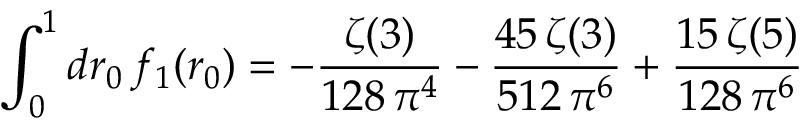
\int _ { 0 } ^ { 1 } d r _ { 0 } \, f _ { 1 } ( r _ { 0 } ) = - \frac { \zeta ( 3 ) } { 1 2 8 \, \pi ^ { 4 } } - \frac { 4 5 \, \zeta ( 3 ) } { 5 1 2 \, \pi ^ { 6 } } + \frac { 1 5 \, \zeta ( 5 ) } { 1 2 8 \, \pi ^ { 6 } }